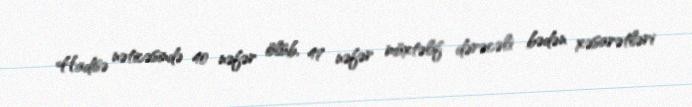
Hadisə nəticəsində 40 nəfər ölüb, 47 nəfər müxtəlif dərəcəli bədən xəsarətləri